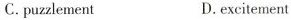
C. puzzlement D.excitement